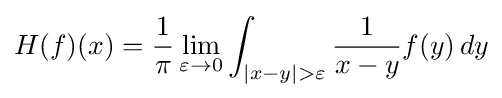
H(f)(x)={\frac {1}{\pi }}\lim _{\varepsilon \to 0}\int _{|x-y|>\varepsilon }{\frac {1}{x-y}}f(y)\,dy